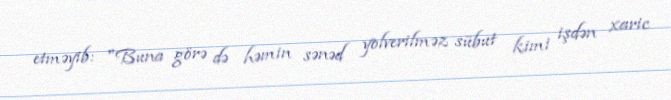
etməyib: "Buna görə də həmin sənəd yolverilməz sübut kimi işdən xaric